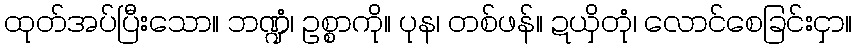
ထုတ်အပ်ပြီးသော။ ဘဏ္ဍံ၊ ဥစ္စာကို။ ပုန၊ တစ်ဖန်။ ဍယှိတုံ၊ လောင်စေခြင်းငှာ။